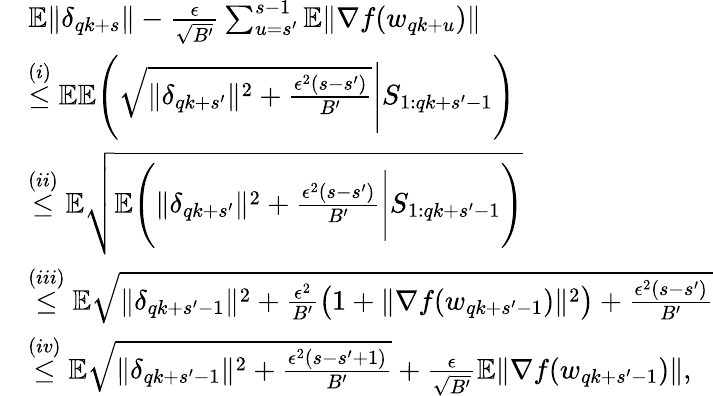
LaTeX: \begin{array}{rl}&{\mathbb{E}\| \delta_{qk+s}\| -\frac{\epsilon}{\sqrt{B^{\prime}}}\sum_{u=s^{\prime}}^{s-1}\mathbb{E}\| \nabla f(w_{qk+u})\| }\\ &{\overset{(i)}{\le}\mathbb{E}\mathbb{E}\Bigg(\sqrt{\| \delta_{qk+s^{\prime}}\| ^{2}+\frac{\epsilon^{2}(s-s^{\prime})}{B^{\prime}}}\Bigg|S_{1:qk+s^{\prime}-1}\Bigg)}\\ &{\overset{(ii)}{\le}\mathbb{E}\sqrt{\mathbb{E}\Bigg(\| \delta_{qk+s^{\prime}}\| ^{2}+\frac{\epsilon^{2}(s-s^{\prime})}{B^{\prime}}\Bigg|S_{1:qk+s^{\prime}-1}\Bigg)}}\\ &{\overset{(iii)}{\le}\mathbb{E}\sqrt{\| \delta_{qk+s^{\prime}-1}\| ^{2}+\frac{\epsilon^{2}}{B^{\prime}}\big(1+\| \nabla f(w_{qk+s^{\prime}-1})\| ^{2}\big)+\frac{\epsilon^{2}(s-s^{\prime})}{B^{\prime}}}}\\ &{\overset{(iv)}{\le}\mathbb{E}\sqrt{\| \delta_{qk+s^{\prime}-1}\| ^{2}+\frac{\epsilon^{2}(s-s^{\prime}+1)}{B^{\prime}}}+\frac{\epsilon}{\sqrt{B^{\prime}}}\mathbb{E}\| \nabla f(w_{qk+s^{\prime}-1})\| ,}\end{array}